Lunatic asylums Central Provinces reports 1874-1885 - 1874-1885
Year: 1874
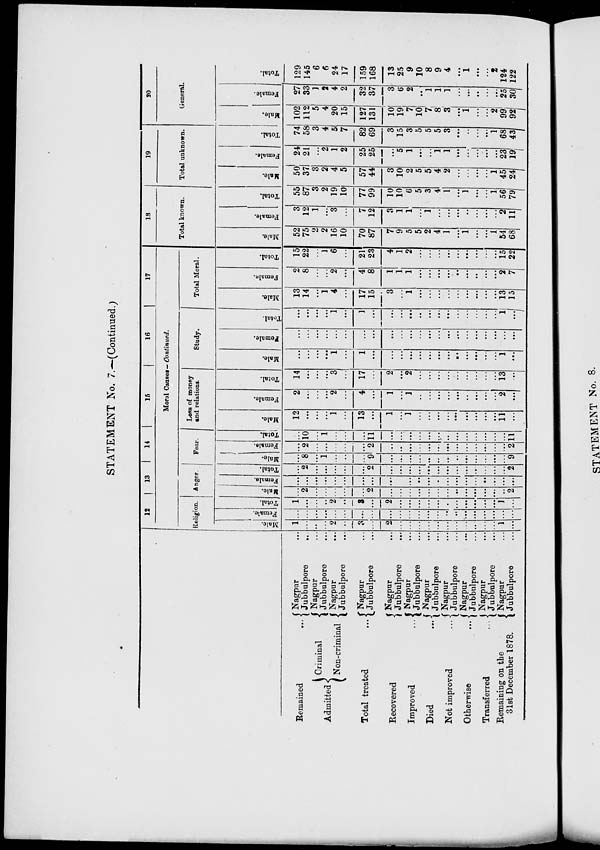
STATEMENT No. 7.—(Continued.)
Remained
...
Admitted
Criminal
Non-criminal
Total treated ...
Recovered ...
Improved ...
Died ...
Not improved ...
Otherwise ...
Transferred ...
Remaining on the
31st December 1878.
Nagpur ...
Jubbulpore ...
Nagpur ...
Jubbulpore ...
Nagpur ...
Jubbulpore ...
Nagpur ...
Jubbulpore ...
Nagpur ...
Jubbulpore ...
Nagpur ...
Jubbulpore ...
Nagpur ...
Jubbulpore ...
Nagpur ...
Jubbulpore ...
Nagpur ...
Jubbulpore ...
Nagpur ...
Jubbulpore ...
Nagpur ...
Jubbulpore ...
12
13
14
15
16
17
Moral Causes— Continued.
Religion.
Male.
1
...
...
...
2
...
3
...
2
...
...
...
...
...
...
...
...
...
...
...
1
...
Female.
...
...
...
...
...
...
...
...
...
...
...
...
...
...
...
...
...
...
...
...
...
...
Total.
1
...
...
...
2
...
3
...
2
...
...
...
...
...
...
...
...
...
...
...
1
...
Anger.
Male.
...
2
...
...
...
...
...
2
...
...
...
...
...
...
...
...
...
...
...
...
...
2
Female.
...
...
...
...
...
...
...
...
...
...
...
...
...
...
...
...
...
...
...
...
...
...
Total.
...
2
...
...
...
...
...
2
...
...
...
...
...
...
...
...
...
...
...
...
...
2
Fear.
Male.
...
8
...
1
...
...
...
9
...
...
...
...
...
...
...
...
...
...
...
...
...
9
Female.
...
2
...
...
...
...
...
2
...
...
...
...
...
...
...
...
...
...
...
...
...
2
Total.
...
10
...
1
...
...
...
11
...
...
...
...
...
...
...
...
...
...
...
...
...
11
Loss of money
and relations.
Male.
12
...
...
...
1
...
13
...
1
...
1
...
...
...
...
...
...
...
...
...
11
...
Female.
2
...
...
...
2
...
4
...
1
...
1
...
...
...
...
...
...
...
...
...
2
...
Total.
14
...
...
...
3
...
17
...
2
...
2
...
...
...
...
...
...
...
...
...
13
...
Study.
Male.
...
...
...
...
1
...
1
...
...
...
...
...
...
...
...
...
...
...
...
...
1
...
Female.
...
...
...
...
...
...
...
...
...
...
...
...
...
...
...
...
...
...
...
...
...
...
Total.
...
...
...
...
1
...
1
...
...
...
...
...
...
...
...
...
...
...
...
1
...
Total Moral.
Male.
13
14
...
1
4
...
17
15
3
...
1
...
...
...
...
...
...
...
...
...
13
15
Female.
2
8
...
...
2
...
4
8
1
1
1
...
...
...
...
...
...
...
...
...
2
7
Total.
15
22
...
1
6
...
21
23
4
1
2
...
...
...
...
...
...
...
...
...
15
22
18
Total known.
Male.
52
75
2
2
16
10
70
87
7
9
5
5
2
4
1
...
1
...
...
1
54
68
Female.
3
12
1
...
3
...
7
12
3
1
1
...
1
...
...
...
...
...
...
...
2
11
Total.
55
87
3
2
19
10
77
99
10
10
6
5
3
4
1
...
1
...
...
1
56
79
19
Total unknown.
Male.
50
37
3
2
4
5
57
44
3
10
2
5
5
4
2
...
...
...
...
1
45
24
Female.
24
21
...
2
1
2
25
25
...
5
1
...
...
1
1
...
...
...
...
...
23
19
Total.
74
58
3
4
5
7
82
69
3
15
3
5
5
5
3
...
...
...
...
1
68
43
20
General.
Male.
102
112
5
4
20
15
127
131
10
19
7
10
7
8
3
...
1
...
...
2
99
92
Female.
27
33
1
2
4
2
32
37
3
6
2
...
1
1
1
...
...
...
...
...
25
30
Total.
129
145
6
6
24
17
159
168
13
25
9
10
8
9
4
...
1
...
...
2
124
122